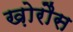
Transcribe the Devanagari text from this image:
ख़ोरौस